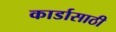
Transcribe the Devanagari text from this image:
कार्डासाठी